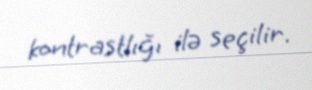
kontrastlığı ilə seçilir.